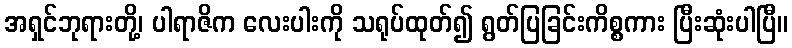
အရှင်ဘုရားတို့၊ ပါရာဇိက လေးပါးကို သရုပ်ထုတ်၍ ရွတ်ပြခြင်းကိစ္စကား ပြီးဆုံးပါပြီ။